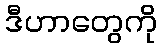
ဒီဟာတွေကို